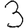
Digit: 3